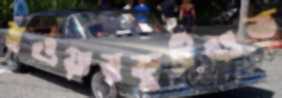
হওয়ায়ফুটওভ